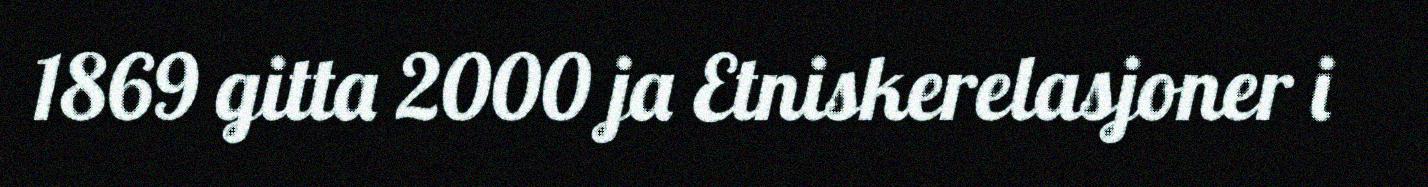
1869 gitta 2000 ja Etniskerelasjoner i